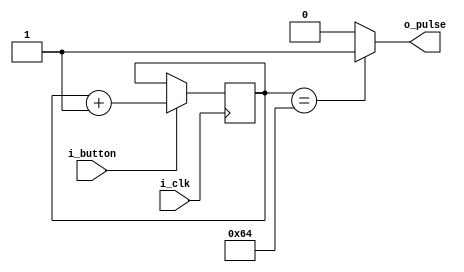
module debouncer(
input    i_clk,
input    i_button,
output   o_pulse
);

reg [21:0] counter;



always @(posedge i_clk)
begin
    if(i_button)
	     counter <= counter +1'b1;
end


assign o_pulse = (counter ==100) ? 1'b1 : 1'b0;



endmodule